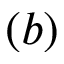
( b )